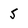
Character: 5